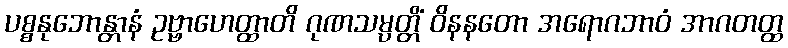
ပစ္စနုဘောန္တာနံ ဥဗ္ဗာဟေတ္ထာတိ ဂုဏသမ္ပတ္တိံ ဝိနနတော အရောဂဘာဝံ အာဂတတ္ထ